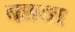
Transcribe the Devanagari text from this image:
बछङा